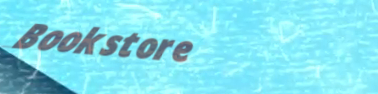
Bookstore